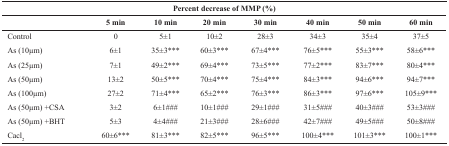
| <COLSPAN=8> Percent decrease of MMP (%) |
 |  | 5 min | 10 min | 20 min | 30 min | 40 min | 50 min | 60 min |
 | --- | --- | --- | --- | --- | --- | --- | --- |
 | Control | 0 | 5±1 | 10±2 | 28±3 | 34±3 | 35±4 | 37±5 |
 | As (10μm) | 6±1 | 35±3*** | 60±3*** | 67±4*** | 76±5*** | 55±3*** | 58±6*** |
 | As (25μm) | 7±1 | 49±2*** | 69±4*** | 73±5*** | 77±2*** | 83±7*** | 80±4*** |
 | As (50μm) | 13±2 | 50±5*** | 70±4*** | 75±4*** | 84±3*** | 94±6*** | 94±7*** |
 | As (100μm) | 27±2 | 71±4*** | 65±2*** | 76±3*** | 86±3*** | 97±6*** | 105±9*** |
 | As (50μm) +CSA | 3±2 | 6±1### | 10±1### | 29±1### | 31±5### | 40±3### | 53±3### |
 | As (50μm) +BHT | 5±3 | 4±4### | 21±3### | 28±6### | 42±7### | 49±5### | 50±8### |
 | Cacl2 | 60±6*** | 81±3*** | 82±5*** | 96±5*** | 100±4*** | 101±3*** | 100±1*** |